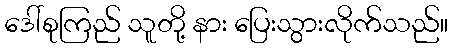
ဒေါ်စုကြည် သူတို့ နား ပြေးသွားလိုက်သည်။